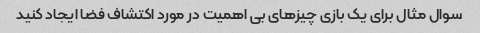
سوال مثال برای یک بازی چیزهای بی اهمیت در مورد اکتشاف فضا ایجاد کنید